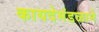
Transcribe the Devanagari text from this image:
कायदेमंडळाने